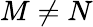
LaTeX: M\neq N